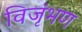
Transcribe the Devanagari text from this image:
विजृंभण